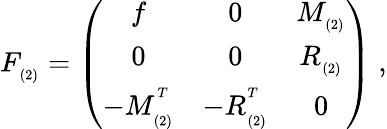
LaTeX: F_{_{(2)}}=\left(\begin{array}{ccc}{{f}}&{{0}}&{{M_{_{(2)}}}}\\ {{0}}&{{0}}&{{R_{_{(2)}}}}\\ {{-M_{_{(2)}}^{^T}}}&{{-R_{_{(2)}}^{^T}}}&{{0}}\end{array}\right)\; ,